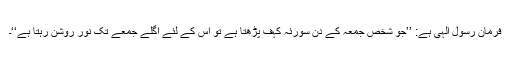
فرمانِ رسولِ الٰہی ہے: ’’جو شخص جمعہ کے دن سورئہ کہف پڑھتا ہے تو اس کے لئے اگلے جمعے تک نور روشن رہتا ہے‘‘۔